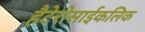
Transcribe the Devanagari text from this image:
हैटेरोसाईकलिक